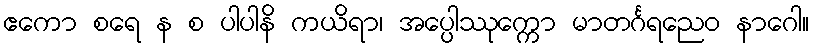
ဧကော စရေ န စ ပါပါနိ ကယိရာ၊ အပ္ပေါဿုက္ကော မာတင်္ဂရညေဝ နာဂေါ။